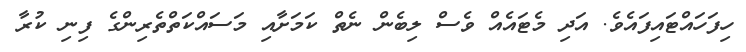
ހިފަހައްޓައިފައެވެ. އަދި މެޓައެއް ވެސް ލިބެން ނެތް ކަމަށާއި މަސައްކަތްތެރިންގެ ފިނި ކުރާ